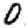
Digit: 0